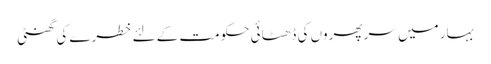
بہار میں سر پھروں کی ڈھٹائی حکومت کے لئے خطرے کی گھنٹی